Indian journal of veterinary science and animal husbandry - Volume 10,
Year: 1940
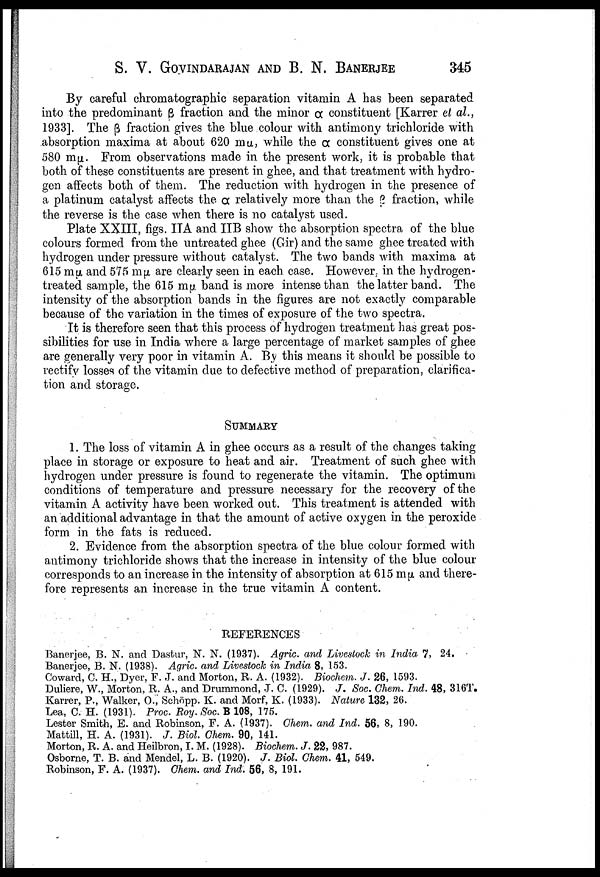
S. V. GOVINDARAJAN AND B. N. BANERJEE
345
By careful chromatographic separation vitamin A has been separated
into the predominant β fraction and the minor α constituent [Karrer et al.,
1933]. The β fraction gives the blue colour with antimony trichloride with
absorption maxima at about 620 m µ, while the α constituent gives one at
580 m µ. From observations made in the present work, it is probable that
both of these constituents are present in ghee, and that treatment with hydro
gen affects both of them. The reduction with hydrogen in the presence of
a platinum catalyst affects the α relatively more than the β fraction, while
the reverse is the case when there is no catalyst used.
Plate XXIII, figs. IIA and IIB show the absorption spectra of the blue
colours formed from the untreated ghee (Gir) and the same ghee treated with
hydrogen under pressure without catalyst. The two bands with maxima at
615 mµ and 575 m µ are clearly seen in each case. However, in the hydrogen-
treated sample, the 615 m µ band is more intense than the latter band. The
intensity of the absorption bands in the figures are not exactly comparable
because of the variation in the times of exposure of the two spectra.
It is therefore seen that this process of hydrogen treatment has great pos
sibilities for use in India where a large percentage of market samples of ghee
are generally very poor in vitamin A. By this means it should be possible to
rectify losses of the vitamin due to defective method of preparation, clarifica
tion and storage.
SUMMARY
1. The loss of vitamin A in ghee occurs as a result of the changes taking
place in storage or exposure to heat and air. Treatment of such ghee with
hydrogen under pressure is found to regenerate the vitamin. The optimum
conditions of temperature and pressure necessary for the recovery of the
vitamin A activity have been worked out. This treatment is attended with
an additional advantage in that the amount of active oxygen in the peroxide
form in the fats is reduced.
2. Evidence from the absorption spectra of the blue colour formed with
antimony trichloride shows that the increase in intensity of the blue colour
corresponds to an increase in the intensity of absorption at 615 m µ and there
fore represents an increase in the true vitamin A content.
REFERENCES
Banerjee, B. N. and Dastur, N. N. (1937). Agric. and Livestock in India 7, 24.
Banerjee, B. N. (1938). Agric. and Livestock in India 8, 153.
Coward, C. H., Dyer, F. J. and Morton, R. A. (1932). Biochem. J. 26, 1593.
Duliere, W., Morton, R. A., and Drummond, J. C. (1929). J. Soc. Chem. Ind. 48, 316T.
Karrer, P., Walker, O., Schöpp. K. and Morf, K. (1933). Nature 132, 26.
Lea, C. H. (1931). Proc. Roy. Soc. B 108, 175.
Lester Smith, E. and Robinson, F. A. (1937). Chem. and Ind. 56, 8, 190.
Mattill, H. A. (1931). J. Biol. Chem. 90, 141.
Morton, R. A. and Heilbron, I. M. (1928). Biochem. J. 22, 987.
Osborne, T. B. and Mendel, L. B. (1920). J. Biol. Chem. 41, 549.
Robinson, F. A. (1937). Chem. and Ind. 56, 8, 191.